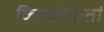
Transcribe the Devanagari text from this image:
किरकोगातां